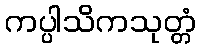
ကပ္ပါသိကသုတ္တံ